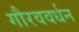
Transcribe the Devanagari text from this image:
गौरववर्धन